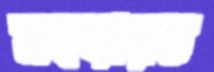
মহড়ারত